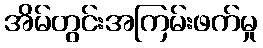
အိမ်တွင်းအကြမ်းဖက်မှု